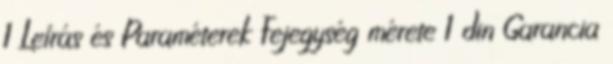
1 Leírás és Paraméterek Fejegység mérete 1 din Garancia